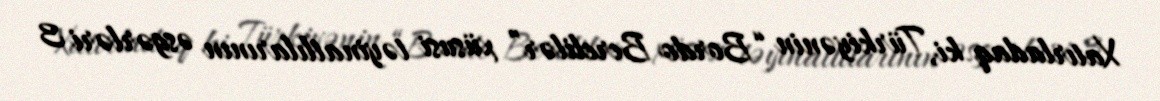
Xatırladaq ki, Türkiyənin “Bordo Berelilər” xüsusi təyinatlılarının əsgərləri 3